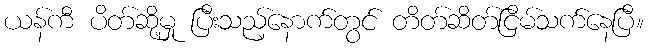
ယန်ကီ ပိတ်ဆို့မှု ပြီးသည့်နောက်တွင် တိတ်ဆိတ်ငြိမ်သက်နေပြီ။